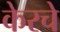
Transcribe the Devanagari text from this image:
केरचे